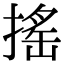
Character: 搖